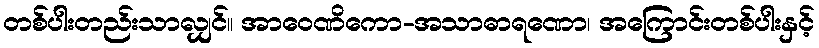
တစ်ပါးတည်းသာလျှင်။ အာဝေဏိကော-အသာဓာရဏော၊ အကြောင်းတစ်ပါးနှင့်